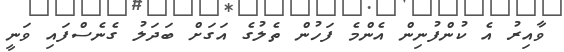
ވާއިރު އެ ކުންފުނިން އެންމެ ފަހުން ތެލުގެ އަގަށް ބަދަލު ގެނެސްފައި ވަނީ